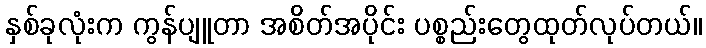
နှစ်ခုလုံးက ကွန်ပျူတာ အစိတ်အပိုင်း ပစ္စည်းတွေထုတ်လုပ်တယ်။